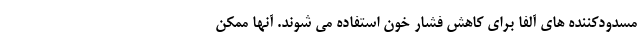
مسدودکننده های آلفا برای کاهش فشار خون استفاده می شوند. آنها ممکن